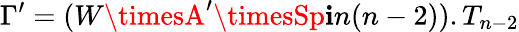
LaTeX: \Gamma^{\prime}=(W\timesA^{\prime}\timesSp\mathbf{i}n(n-2)).T_{n-2}